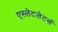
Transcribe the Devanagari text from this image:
एस्लेटलेटर्स